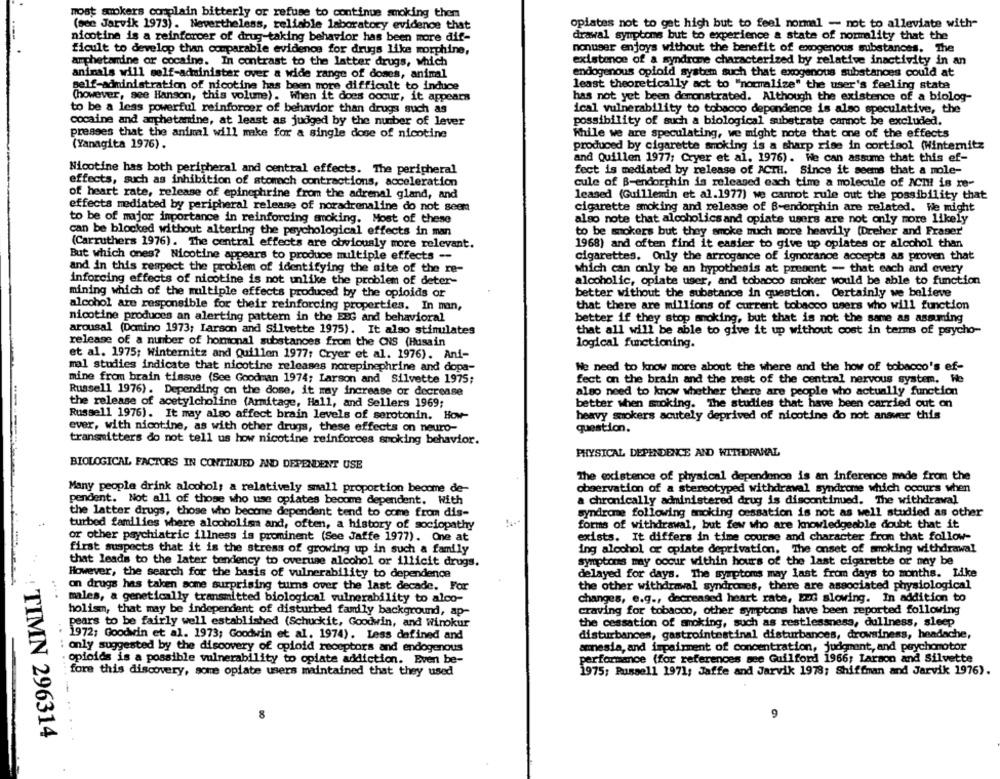
most supokers complain bitterly or refuse to continue smoking them
(see Jarvik 1973). Nevertheless, reliable laboratory evidence that
opiates not to get high but to feel normal - not to alleviate with-
nicotine is a reinforcer of drug-taking behavior has been more dif-
drawal symptoms but to experience & state of normality that the
ficult to develop than comparable evidence for drugs like morphine,
nonuser enjoys without the benefit of exogenous substances. The
amphetamine or cocaine. In contrast to the latter drugs, which
existence of a syndrome characterized by relative inactivity in an
animals will self-administer over a wide range of doses, animal
endogenous opioid system such that exogenous substances could at
self-administration of nicotine has been more difficult to induce
least theoretically act to "normalize" the user's feeling state
(however, see Hanson, this volume). When it does oocur, it appears
has not yet been demonstrated. Although the existence of a biolog-
to be a less powerful reinforcer of behavior than drugs such as
ical vulnerability to tobacco dependence is also speculative, the
cocaine and amphetamine, at least as judged by the number of lever
possibility of such a biological substrate cannot be excluded.
presses that the animal will make for a single dose of nicotine
While we are speculating, we might note that one of the effects
(Yanagita 1976).
produced by cigarette smoking is a sharp rise in cortisol (Winternitz
and Quillen 1977; Cryer et al. 1976). We can assume that this ef-
Nicotine has both peripheral and central effects. The peripheral
fect is mediated by release of ACTH. Since it seems that a mole-
effects, such as inhibition of stomach contractions, acceleration
cule of B-endorphin is released each time a molecule of ACI !! is re-
of heart rate, release of epinephrine from the adrenal gland, and
leased (Guillendin et al.1977) we cannot rule out the possibility that
effects mediated by peripheral release of noradrenaline do not seen
cigarette smoking and release of B-endorphin are related. We might
to be of major importance in reinforcing smoking. Most of these
also note that alcoholics and opiate users are not only more likely
can be blocked without altering the psychological effects in man
to be mokers but they smoke much more heavily (Dreher and Fraser'
(Carruthers 1976). The central effects are obviously more relevant.
1968) and often find it easier to give up opiates or alcohol than
But which ones? Nicotine appears to produce multiple effects --
cigarettes. Only the arrogance of ignorance accepts as proven that
and in this respect the problem of identifying the site of the re-
which can only be an hypothesis at present - that each and every
inforcing effects of nicotine is not unlike the problem of deter-
alcoholic, opiate user, and tobacco smoker would be able to function
mining which of the multiple effects produced by the opioids or
better without the substance in question. Certainly we believe
alcohol are responsible for their reinforcing properties. In man,
that there are millions of current tobacco users who will function
nicotine produces an alerting pattern in the EBG and behavioral
better if they stop moking, but that is not the same as asmming
arousal (Domino 1973; Larson and Silvette 1975). It also stimulates
that all will be able to give it up without cost in terms of psycho-
release of a number of homonal substances from the CNS (Husain
logical functioning.
et al. 1975; Winternitz and Quillen 1977: Cryer et al. 1976). Ani-
mal studies indicate that nicotine releases norepinephrine and dopa-
We need to know more about the where and the how of tobacco's ef-
mine from brain tissue (See Goodman 1974; Larson and Silvette 1975;
fect on the brain and the rest of the central nervous system. We
Russell 1976). Depending on the dose, it may increase or decrease
also need to know whether there are people who actually function
the release of acetylcholine (Armitage, Hall, and Sellers 1969;
better when stoking. The studies that have been carried out on
Russell 1976). It may also affect brain levels of serotonin. How-
heavy smokers acutely deprived of nicotine do not answer this
ever, with nicotine, as with other drugs, these effects on neuro-
question.
transmitters do not tell us how nicotine reinforces smoking behavior.
PHYSICAL DEPENDENCE AND WITHDRAWAL
BIOLOGICAL FACTORS IN CONTINUED AND DEPENDENT USE
The existence of physical dependence is an inference made from the
Many people drink alcohol; a relatively small proportion become de-
observation of a stereotyped withdrawal syndrome which occurs when
pendent. Not all of those who use opiates become dependent. With
a chronically administered drug is discontinued. The withdrawal
the latter drugs, those who become dependent tend to come from dis-
syndrome following smoking cessation is not as well studied as other
turbed families where alcoholism and, often, a history of sociopathy
forms of withdrawal, but few who are knowledgeable doubt that it
or other psychiatric illness is prominent (See Jaffe 1977). One at
exists. It differs in time course and character from that follow-
first suspects that it is the stress of growing up in such a family
ing alcohol or opiate deprivation. The onset of smoking withdrawal
that leads to the later tendency to overuse alcohol or illicit drugs.
symptoms may occur within hours of the last cigarette or may be
However, the search for the basis of vulnerability to dependence
delayed for days. The symptoms may last from days to months. Like
on drugs has taken some surprising turns over the last decade. For
the other withdrawal syndromes, there are associated physiological
males, & genetically transmitted biological vulnerability to alco-
changes, e.g ., decreased heart rate, EuG slowing. In addition to
holism, that may be independent of disturbed family background, ap-
craving for tobacco, other symptoms have been reported following
pears to be fairly well established (Schuckit, Goodwin, and Winokur
the cessation of smoking, such as restlessness, dullness, sleep
1972; Goodwin et al. 1973; Goodwin et al. 1974). Less defined and
disturbances, gastrointestinal disturbances, drowsiness, headache,
.. ..
amnesia, and impairment of concentration, judgment, and psychomotor
only suggested by the discovery of opioid receptors and endogenous
opioids is a possible vulnerability to opiate addiction. Even be-
performance (for references see Guilford 1966; Larson and Silvette
1975; Russell 1971; Jaffe and Jarvik 1978; Shiffman and Jarvik 1976).
fore this discovery, some opiate users maintained that they used
8
9
: TIMN 296314